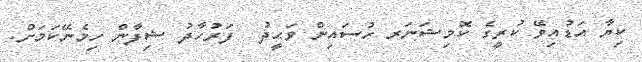
ކިޔާ އަޑުއިވޭ ކުރީގެ ކޮމިޝަނަރ ހުސައިން ވަޙީދު  ފަރުހާދު ޝިފާން ހިމެނޭކަމަށް.